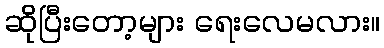
ဆိုပြီးတော့များ ရေးလေမလား။